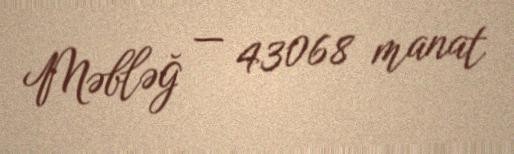
Məbləğ — 43068 manat